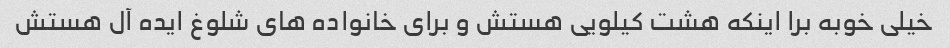
خیلی خوبه برا اینکه هشت کیلویی هستش و برای خانواده های شلوغ ایده آل هستش